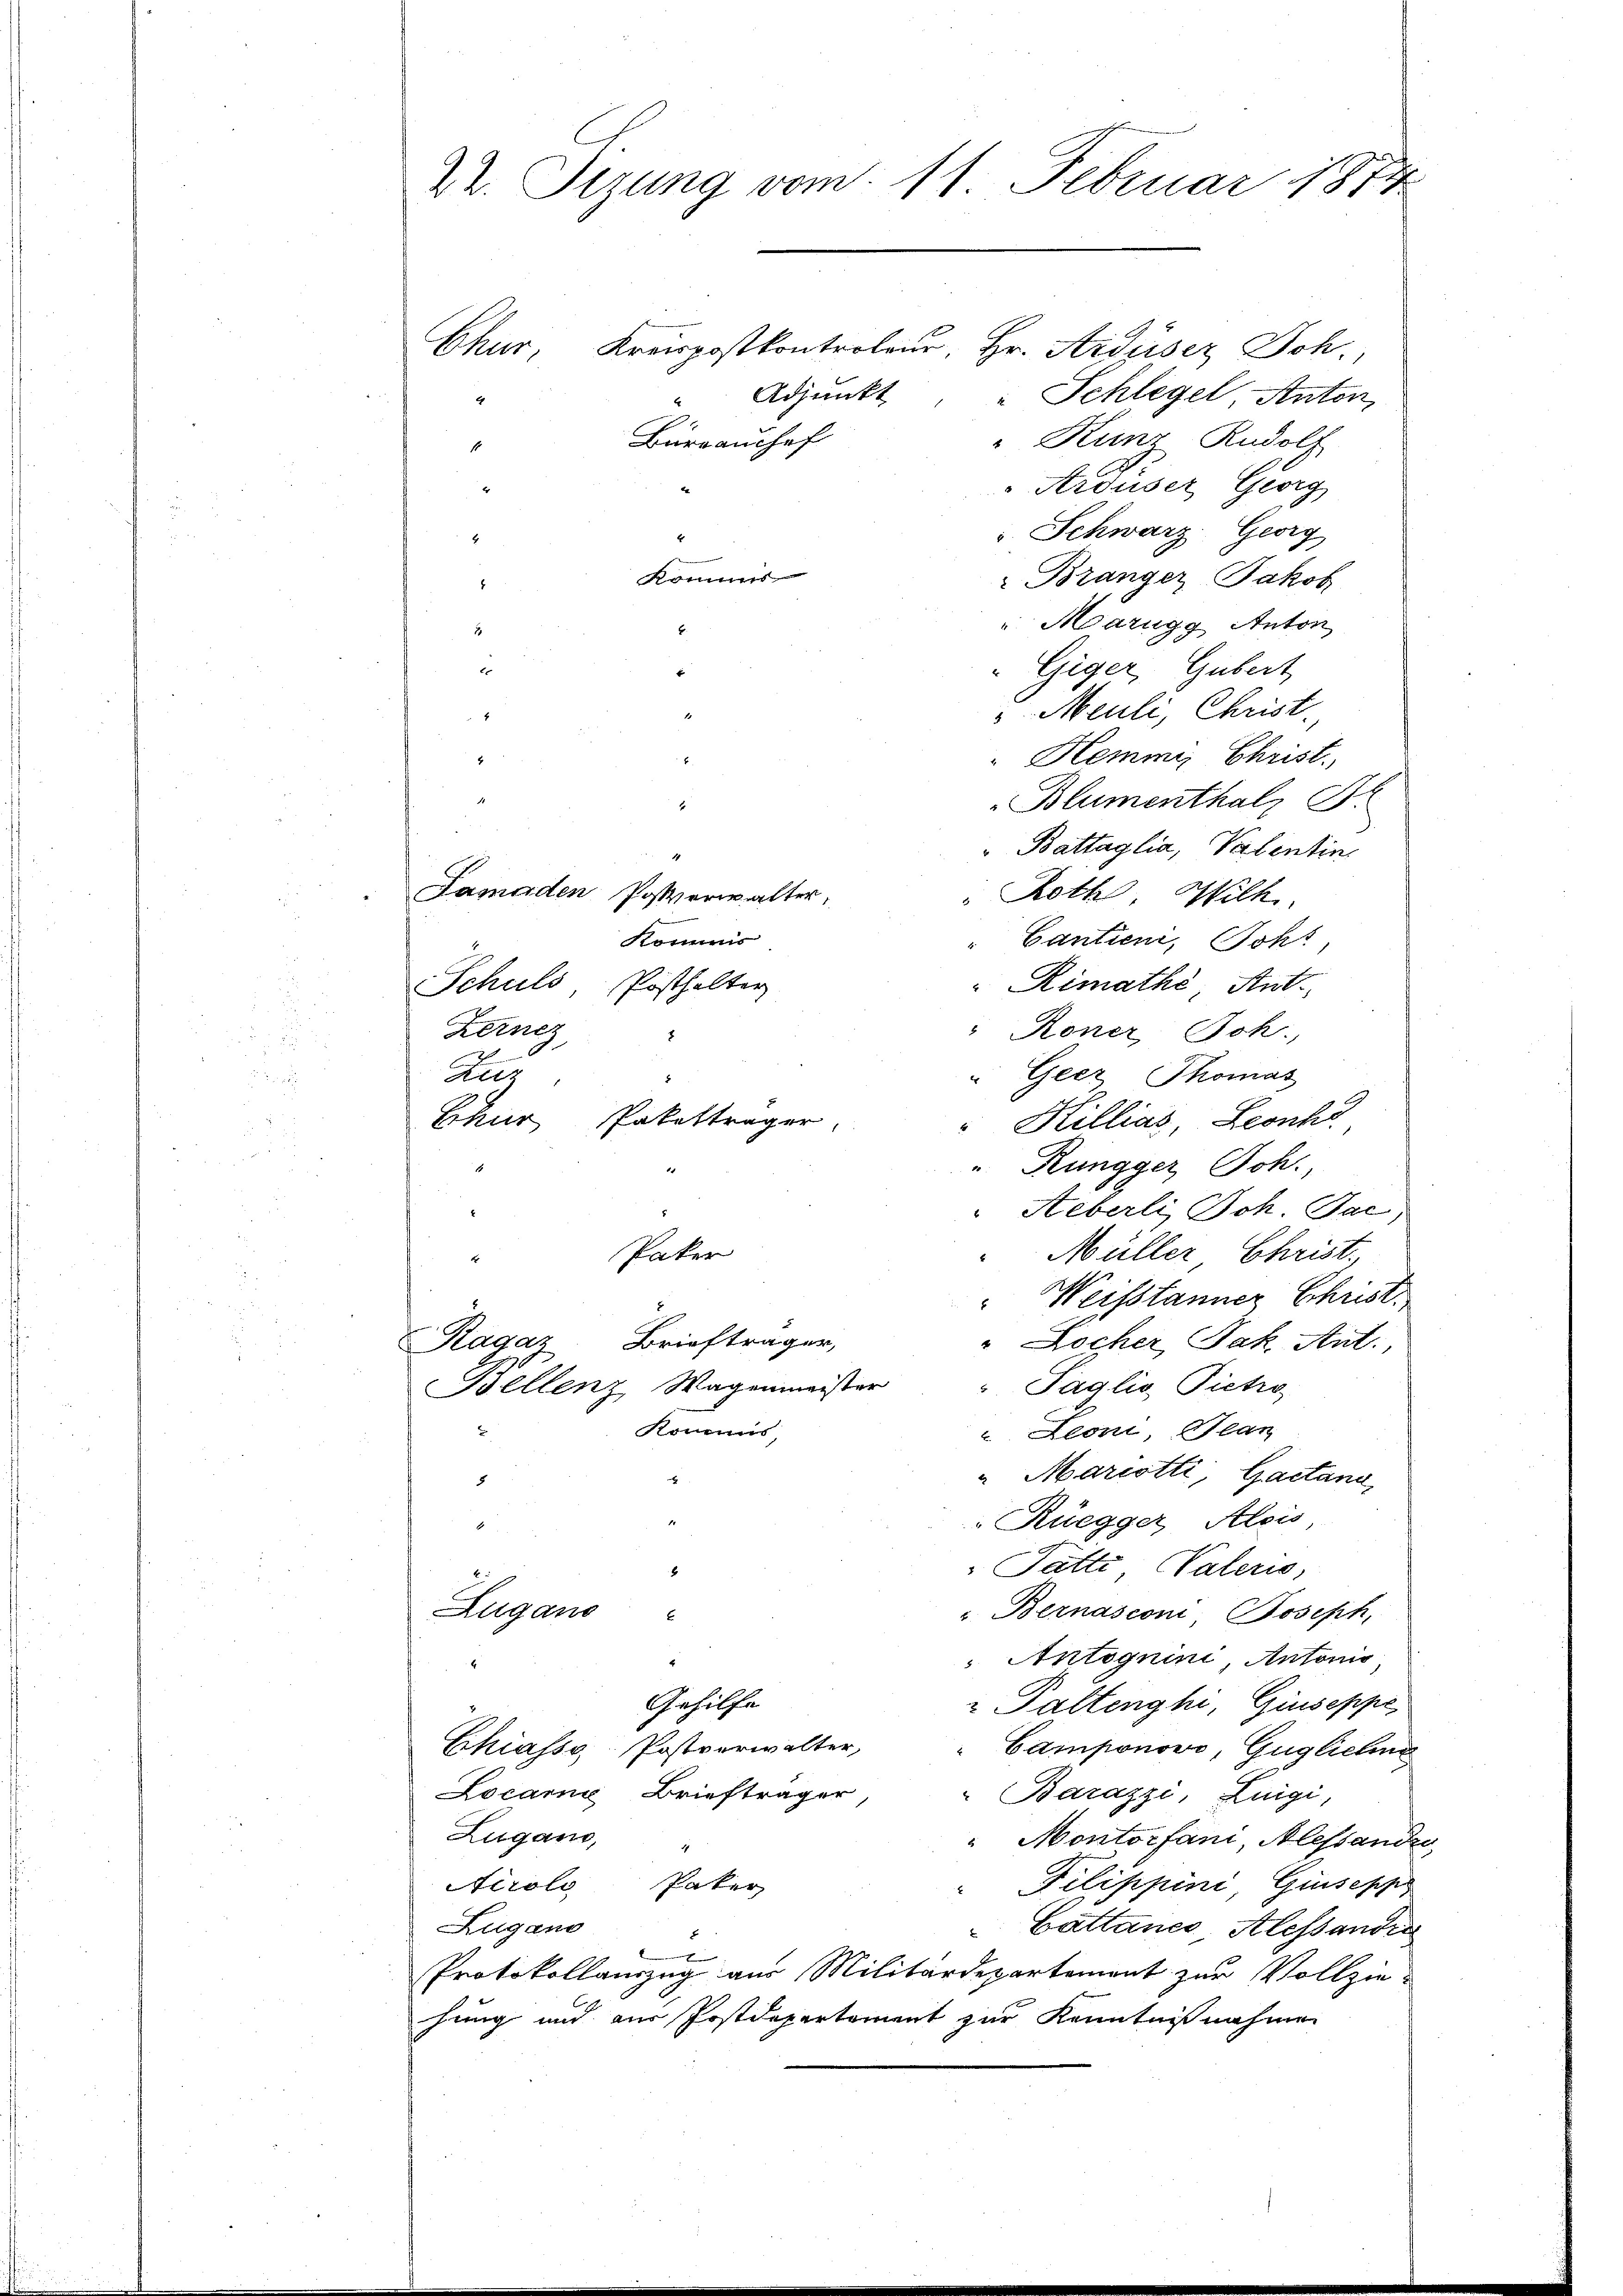
22. Sizung vom 11. Februar 1814

Chur, Kreispostkontroleur, Hr. Ardüsez Joh.
Adjunkt
" Schlegel, Anton,
Bürrauschef
" Kunz, Rudolf
Ardüser Georg
" Schwarz, Georg
Kommes
 Bränger Jakob
Marugg Anton
E.
Giger, Gubert

f
"Meuli, Christ.
1
 Hemmy Christ.
2
Blumenthal, S.
1
" Battaglia, Valentin
Lamaden Postverwalter,
Roth Wilh.
Kommis
" Cantieni, Soh
Schuld, Posthalter
Rimathe, Ant.
Fernez
"Roner Joh.
2
Zuz
" Geer Thomas
Ekur Pakettrager
"Killias, Leonha
"Rungger, Joh.
Heberli, Joh. Jac
Paker
Müller Christ.
t
" Weisstanner Christ.
Ragaz Briefträger,
" Locher Jak. Ant.
 Taglio Pietro
Bellenz, Wagenmeister
Kommis,
Zeoni, Plan
" Mariotti, Gaetana
xx
5
Rüegger, Alois
Pätte Paleris,
Zugano
u. Bernasconi, Joseph,
E
Antognini, Antonis
Gehilfe
" Paltenghi, Giuseppe
Chiasso. Postverwalter,
Camponowo, Güglichen
Locare Briefträger
Barazzi, Luigi,
Zugano,
" Montorfani, Alessander
Airolo Paker
Pilippini, Giuseppe
Zugano
Cattanes Alessandi
x
x
Protokollauszug aus Militärdepartement zur Vollzie-
hung und aus Postdepartement zur Kenntnißnahmen

1
4

4
5